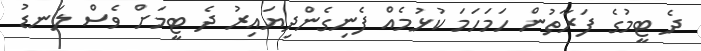
ދެ ޓީމުގެ ފަރާތުން ހަމަހަމަ ކުޅުމެއް ފެނިގެންދިޔައިރު ދެ ޓީމަށް ވެސް ލަނޑު